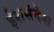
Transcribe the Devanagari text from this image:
ईशसंदेश